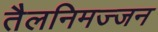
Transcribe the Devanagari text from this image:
तैलनिमज्जन